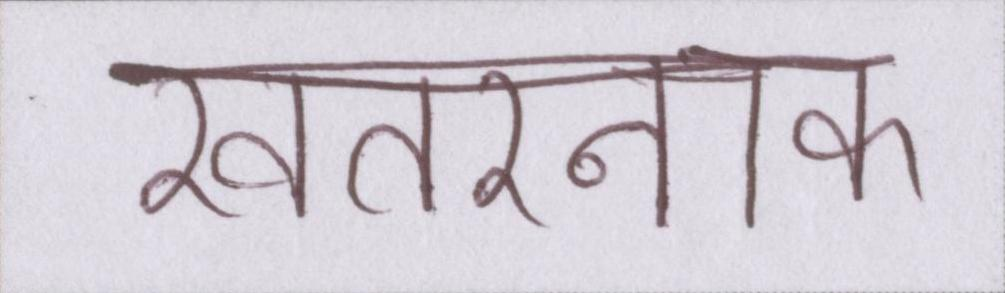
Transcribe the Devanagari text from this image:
खतरनाक